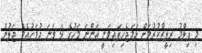
މި ފިލްމު ރިލީޒްކުރުމަށް ހަމަޖެހިފައިވަނީ އަންނަ މަހުގެ 9 ވަނަ ދުވަހުއެވެ ޖަލުން